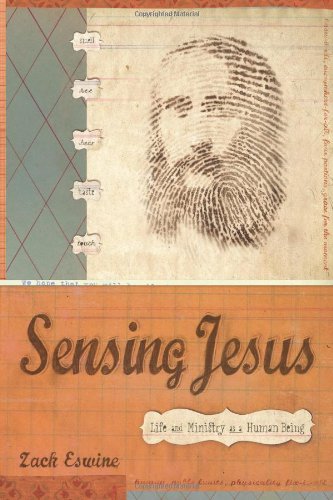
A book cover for Sensing Jesus: Life and Ministry as a Human Being; Zack Eswine; Christian Books & Bibles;